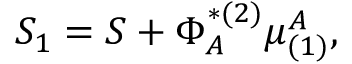
S _ { 1 } = S + \Phi _ { A } ^ { * ( 2 ) } \mu _ { ( 1 ) } ^ { A } ,